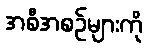
အစီအစဉ်များကို